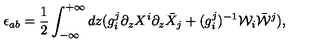
\epsilon _ { a b } = \frac { 1 } { 2 } \int _ { - \infty } ^ { + \infty } d z ( g _ { i } ^ { j } \partial _ { z } X ^ { i } \partial _ { z } \bar { X } _ { j } + ( g _ { i } ^ { j } ) ^ { - 1 } { \cal W } _ { i } \bar { { \cal W } } ^ { j } ) ,